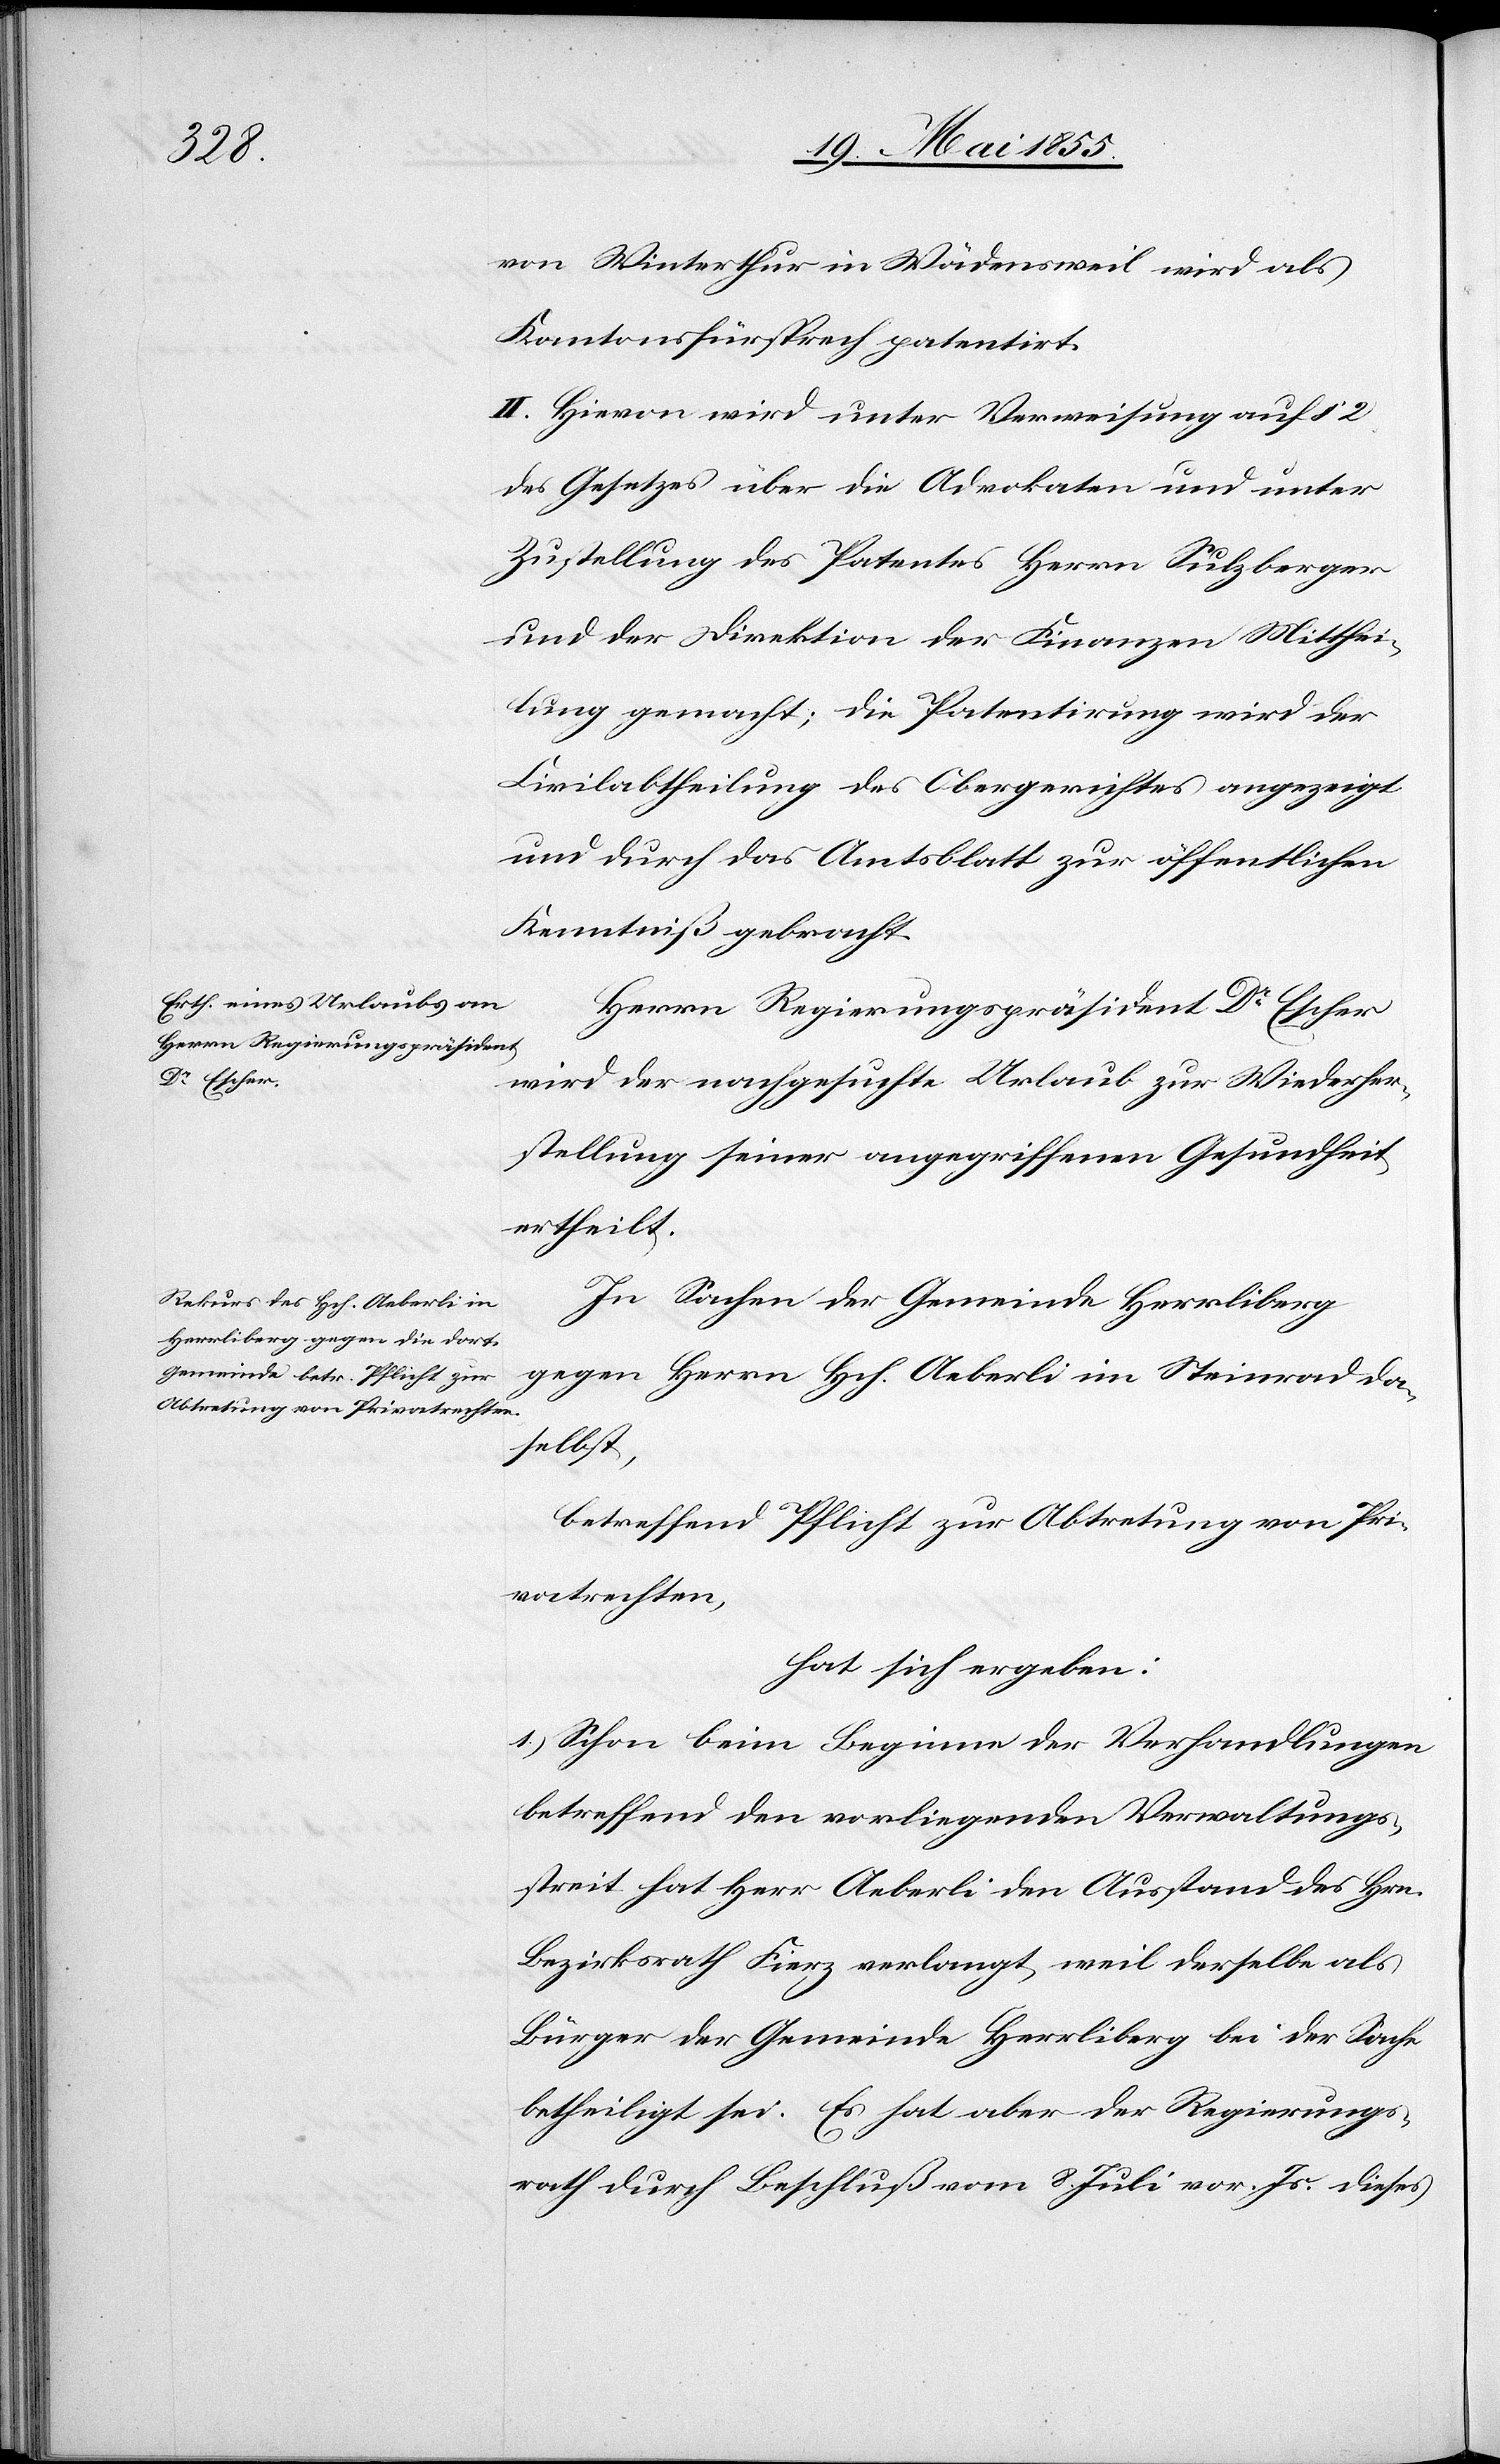
von Winterthur in Wädensweil wird als
Kantonsfürsprech patentirt.
II. Hievon wird unter Verweisung auf § 2
des Gesetzes über die Advokaten und unter
Zustellung des Patentes Herrn Sulzberger
und der Direktion der Finanzen Mitthei¬
lung gemacht; die Patentirung wird der
Civilabtheilung des Obergerichtes angezeigt
und durch das Amtsblatt zur öffentlichen
Kenntniß gebracht.
Herrn Regierungspräsident
Dr Escher
wird der nachgesuchte Urlaub zur Wiederher¬
stellung seiner angegriffenen Gesundheit
ertheilt.
In Sachen der Gemeinde Herrliberg
gegen Herrn Hch. Aeberli im Steinrad da¬
selbst,
betreffend Pflicht zur Abtretung von Pri¬
vatrechten,
hat sich ergeben:
1.) Schon beim Beginne der Verhandlungen
betreffend den vorliegenden Verwaltungs¬
streit hat Herr Aeberli den Ausstand des Hrn.
Bezirksrath Fierz verlangt, weil derselbe als
Bürger der Gemeinde Herrliberg bei der Sache
betheiligt sei. Es hat aber der Regierungs¬
rath durch Beschluß vom 8. Juli vor. Js. dieses